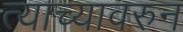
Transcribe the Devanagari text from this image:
त्याच्यावरुन